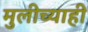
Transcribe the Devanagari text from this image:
मुलीच्याही